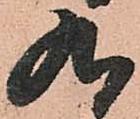
九